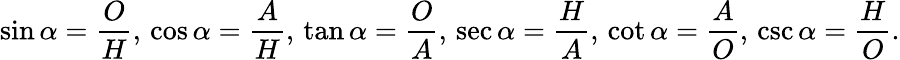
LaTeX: \sin\alpha={\frac{O}{H}},\, \cos\alpha={\frac{A}{H}},\, \tan\alpha={\frac{O}{A}},\, \sec\alpha={\frac{H}{A}},\, \cot\alpha={\frac{A}{O}},\, \csc\alpha={\frac{H}{O}}.